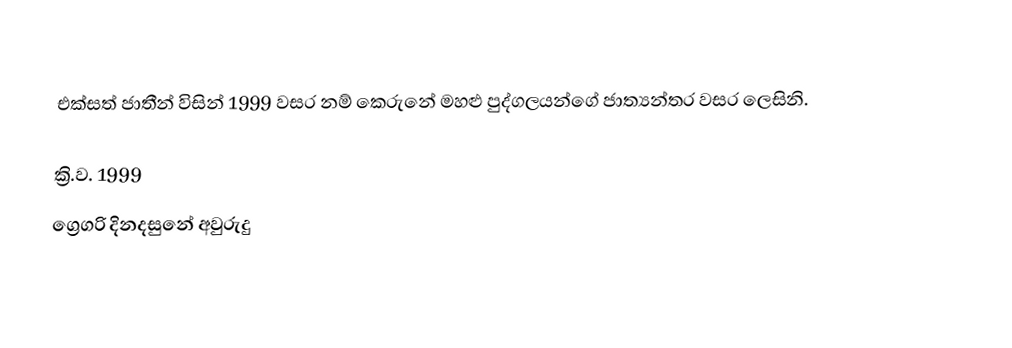

එක්සත් ජාතීන් විසින් 1999 වසර නම් කෙරුනේ  මහළු පුද්ගලයන්ගේ ජාත්‍යන්තර වසර ලෙසිනි.

ක්‍රි.ව. 1999
ග්‍රෙගරි දිනදසුනේ අවුරුදු